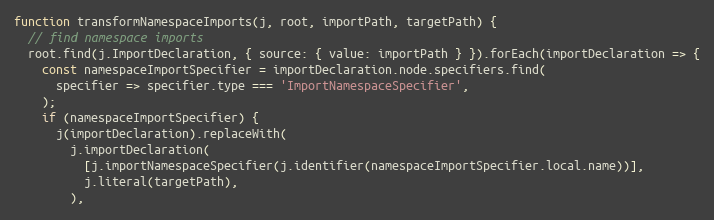
Language: JavaScript
function transformNamespaceImports(j, root, importPath, targetPath) {
  // find namespace imports
  root.find(j.ImportDeclaration, { source: { value: importPath } }).forEach(importDeclaration => {
    const namespaceImportSpecifier = importDeclaration.node.specifiers.find(
      specifier => specifier.type === 'ImportNamespaceSpecifier',
    );
    if (namespaceImportSpecifier) {
      j(importDeclaration).replaceWith(
        j.importDeclaration(
          [j.importNamespaceSpecifier(j.identifier(namespaceImportSpecifier.local.name))],
          j.literal(targetPath),
        ),